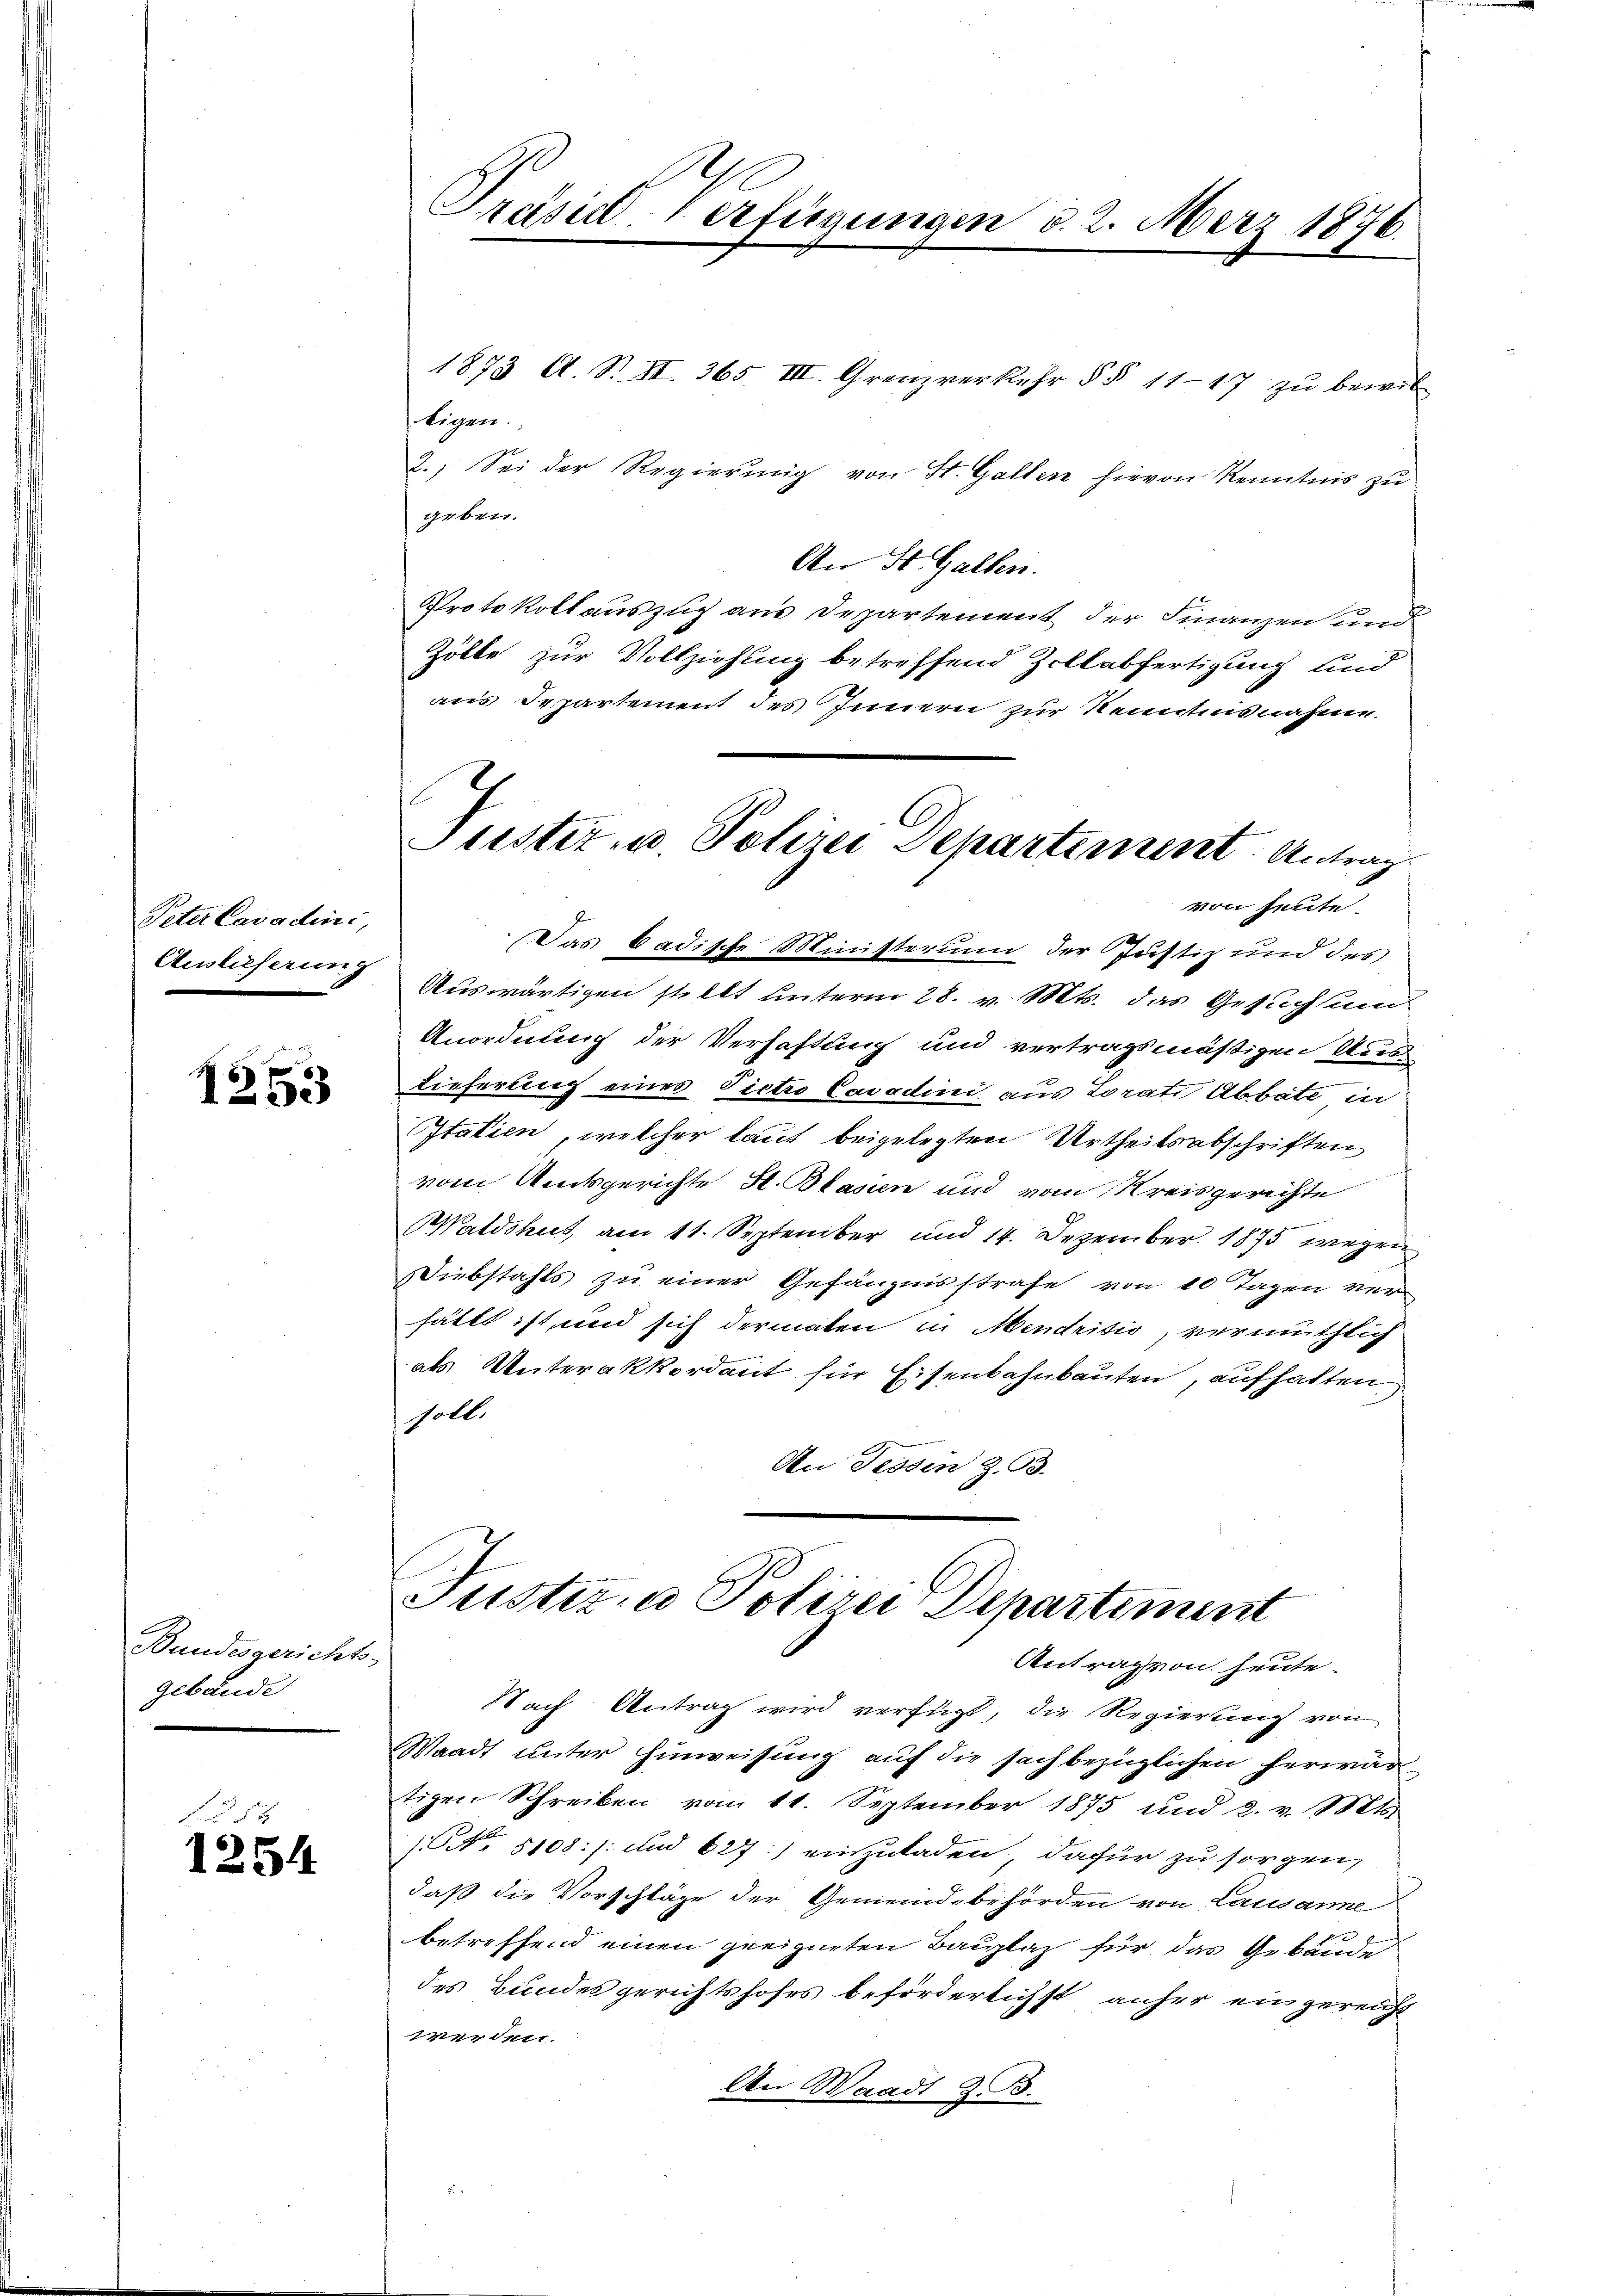
Peter Cavadini,
Auslieferung

1253

Bundesgerichts-
gebäude

54
1254

Präsid. Verfügungen d. 2. März 1876.

1873 A. S. II. 365, III. Grenzverkehr § § 11–17 zu bewil
tigen.
2.) Sei der Regierung von St. Gallen hievon Kenntnis zu
geben.
An St. Gallen.
Protokollauszug aus Departement der Finanzen und
Zölle zur Vollziehung betreffend Zollabfertigung und
aus Departement des Innern zur Kenntnisnahme.
Das badische Ministerium der Justiz und des
Auswärtigen stellt unterm 28. v. Mts. das Gesuchsund
Anordnung der Verhaftung und vertragsmäßigen Aus
Lieferung eines Victro Cavodini aus Lorati Abbate in
Italien, welcher laut beigelegten Urtheilsabschriften
vom Amtsgerichte St. Blasien und vom Kreisgerichte
Waldshut, am 11. September und 14. Dezember. 1875 wegen
Diebstahls zu einer Gefängnisstrafe von 10 Tagen ver-
hätte ist und sich dermaten in Mendritio, vermuthlich
als Unterakkordant für Eisenbahnbauten, aufhalten
soll.
An Tessin z. B.

6
Puster- u. Polizei Departement. Antrag
von heute.

Justiz- u Polizei Departiment
Antrag von heute.

Nach Antrag wird verfügt, die Regierung von
Waadt unter Hinweisung auf die sachbezüglichen herwär
tigen Schreiben vom 11. September 1875 und 2. v. Mts.
NNo. 5108: /: und 627:) einzuladen, dafür zu sorgen,
daß die Vorschläge der Gemeindebehörden von Lausanne
betreffend einen geeigneten Bauplaz für das Gebäude
des Bundesgerichtshofes beförderlichst anher eingereicht
werden.
An Waadt Z. B.
8